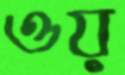
ওয়